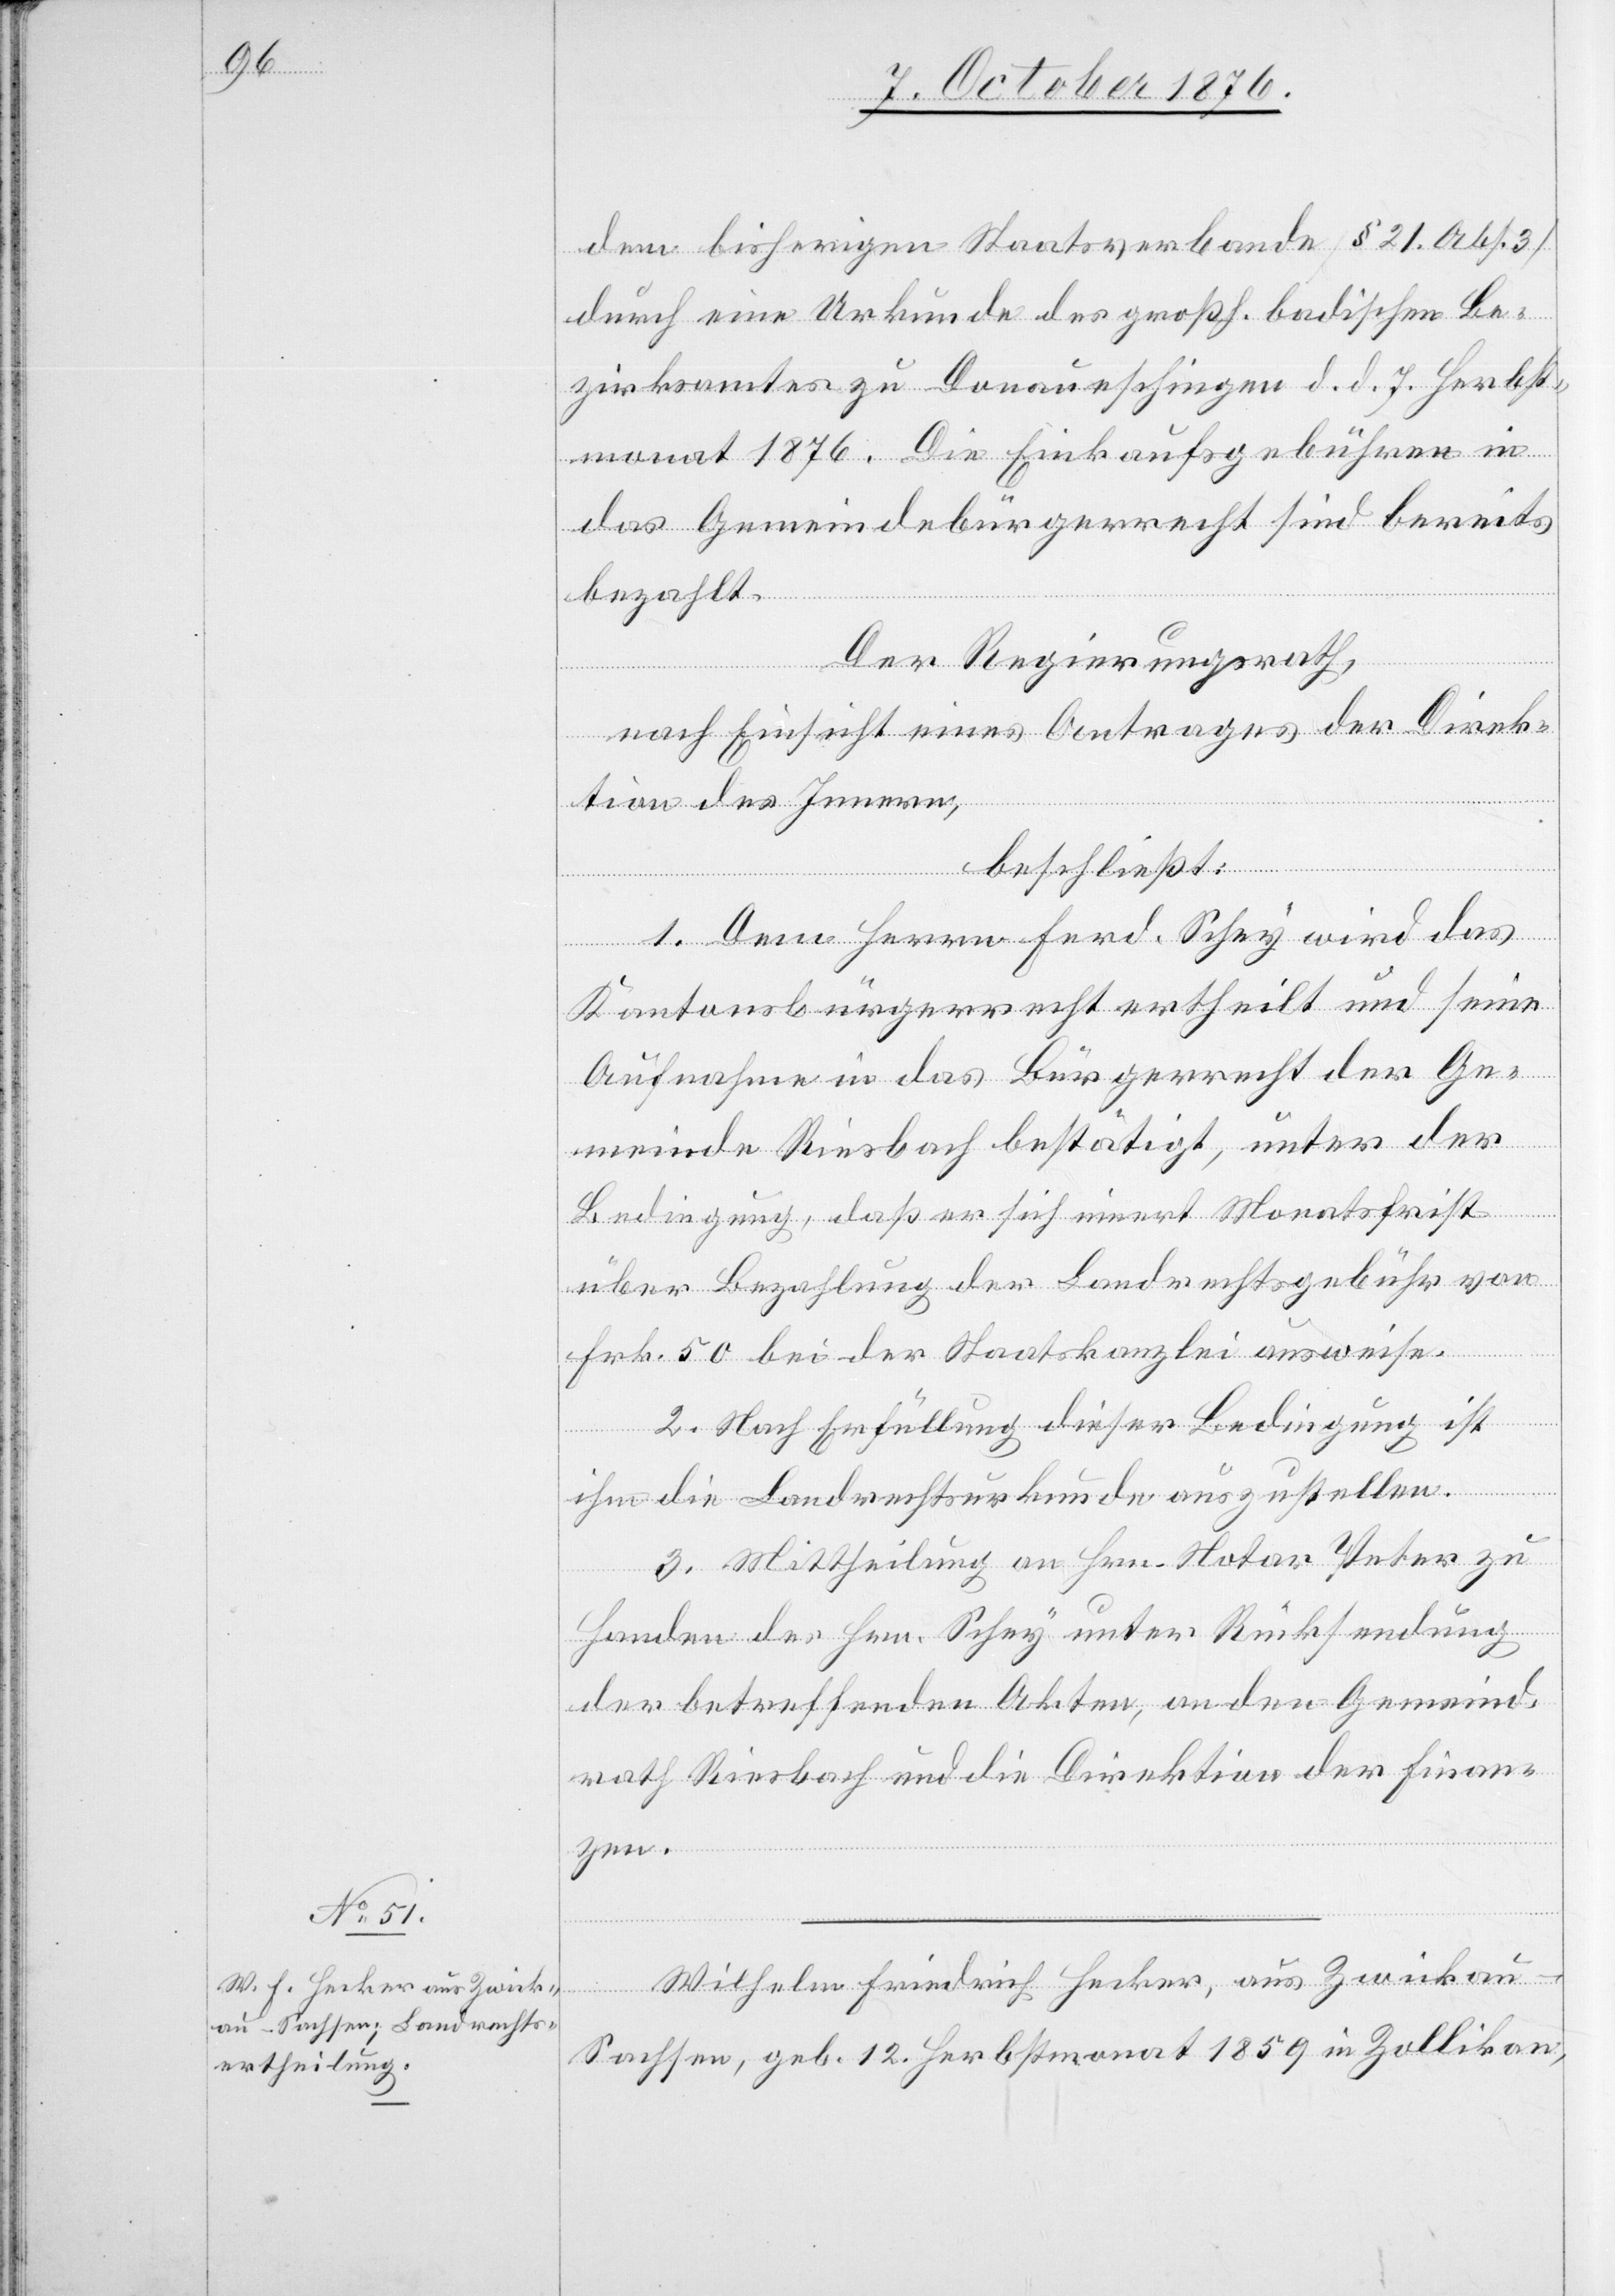
Wilhelm Friedrich Hecker, aus Zwickau
-
Sachsen, geb. 12. Herbstmonat 1859 in Zollikon,